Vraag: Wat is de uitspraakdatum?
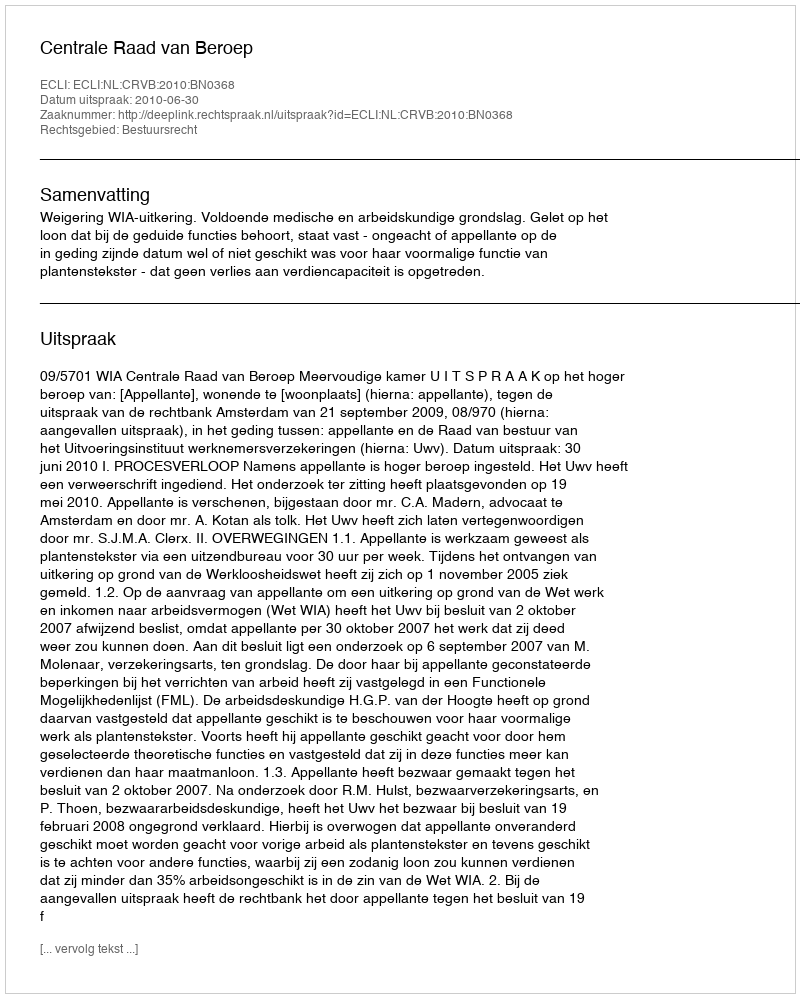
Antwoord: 2010-06-30